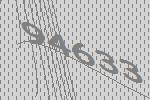
94633